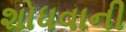
શોધવાની